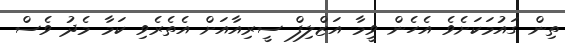
ތިން ގައުމަކަށެވެ އެހެން ވީމާ އަޒްލިފް ސީރިއާއަށް އެތެރެވި ކަމާ މެދު ވެސް